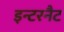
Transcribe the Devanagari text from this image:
इन्टरनैट